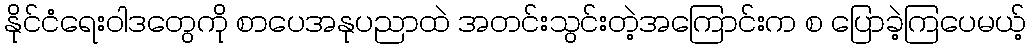
နိုင်ငံရေးဝါဒတွေကို စာပေအနုပညာထဲ အတင်းသွင်းတဲ့အကြောင်းက စ ပြောခဲ့ကြပေမယ့်